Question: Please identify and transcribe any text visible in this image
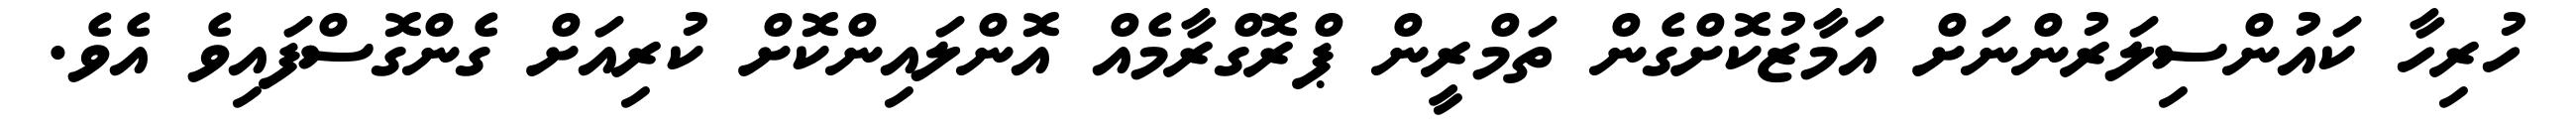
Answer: ހުރިހާ ކައުންސިލަރުންނަށް އަމާޒުކޮށްގެން ތަމްރީން ޕްރޮގްރާމެއް އޮންލައިންކޮށް ކުރިއަށް ގެންގޮސްފައިވެ އެވެ.